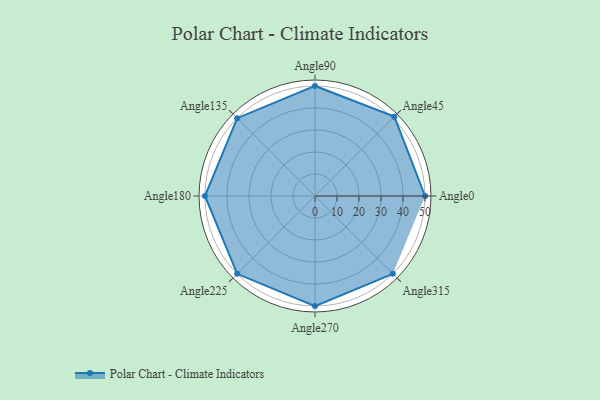
{"axis": {"x": "Angle", "y": "Radius"}, "legend": [""], "data": [{"x": "Angle0", "y": 50, "type": ""}, {"x": "Angle45", "y": 51.0, "type": ""}, {"x": "Angle90", "y": 50, "type": ""}, {"x": "Angle135", "y": 50.0, "type": ""}, {"x": "Angle180", "y": 50, "type": ""}, {"x": "Angle225", "y": 50, "type": ""}, {"x": "Angle270", "y": 50, "type": ""}, {"x": "Angle315", "y": 50, "type": ""}]}